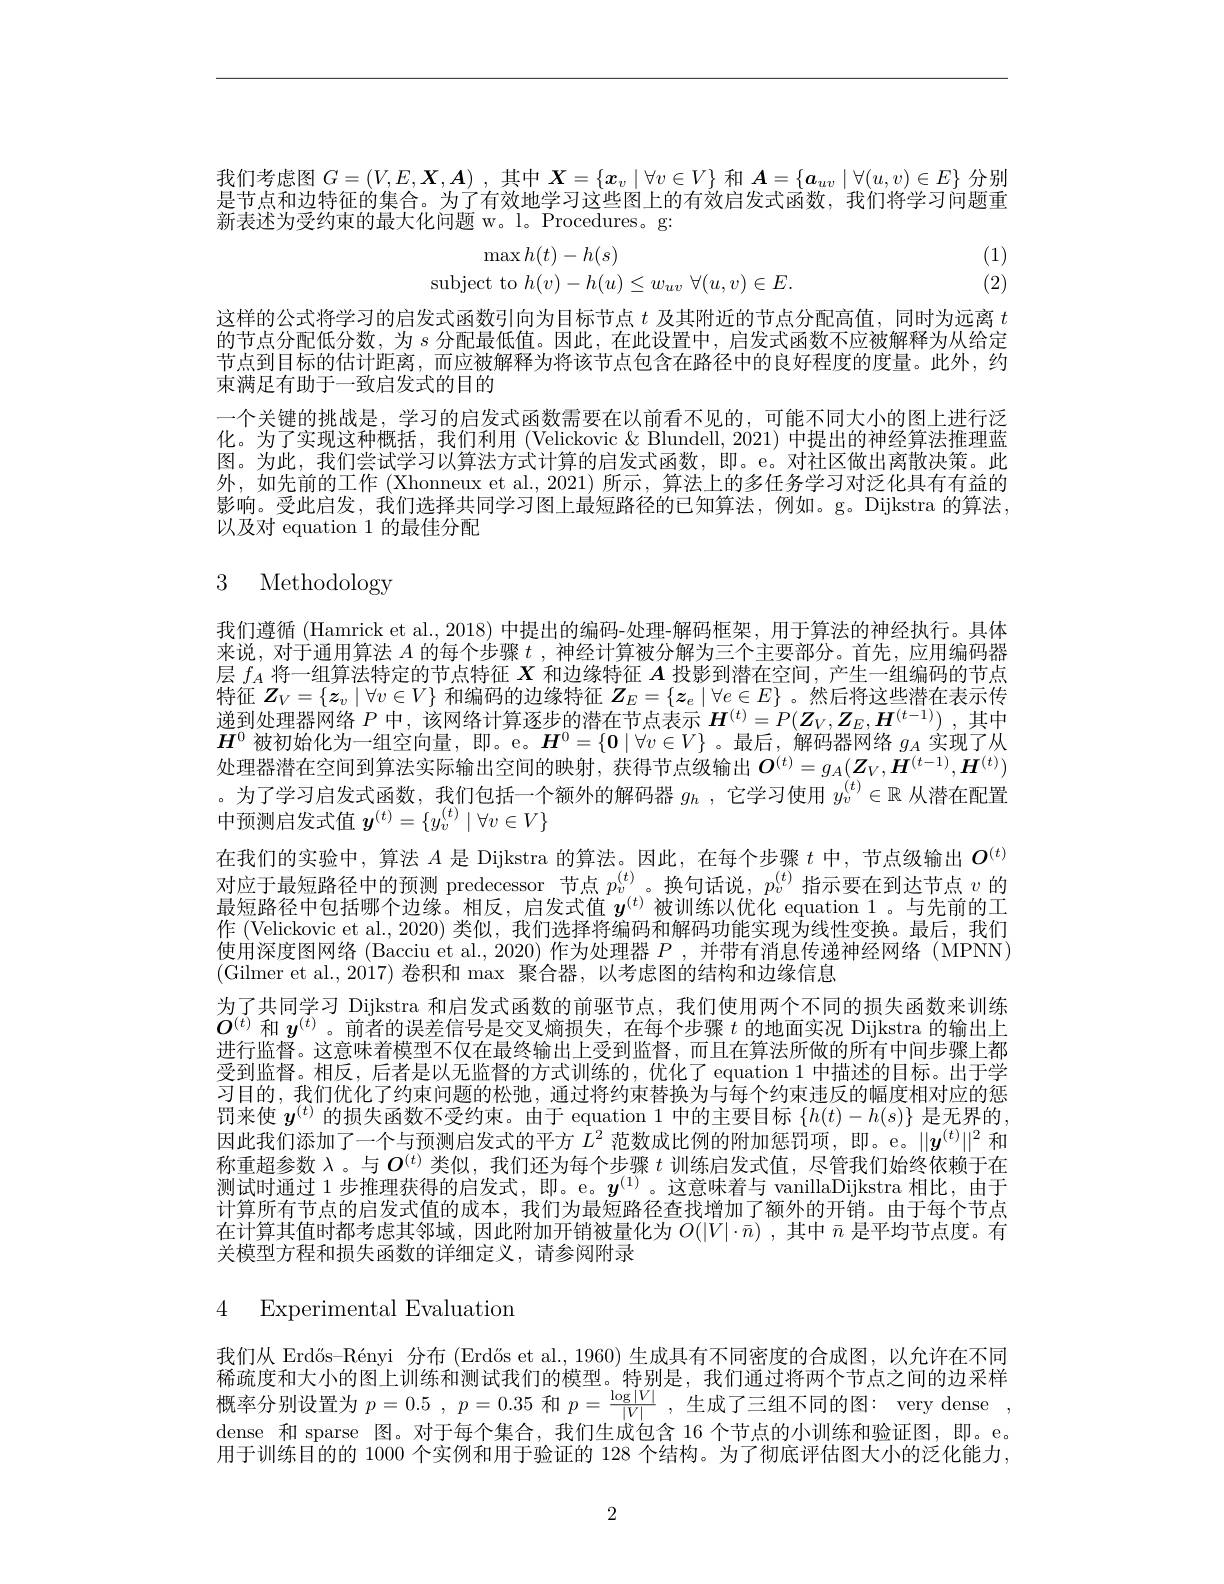
我们考虑图$G=(V,E,X,A)$ ,其中$X=\{x_v\mid\forall v\in V\}$和$\boldsymbol{A}=\{\boldsymbol{a}_uv\mid\forall(u,v)\in E\}$分别是节点和边特征的集合。为了有效地学习这些图上的有效启发式函数、我们将学习问题重新表述为受约束的最大化问题 w。l。Procedures。g:

(1) (2)
$$\begin{array}{c}\max h(t)-h(s)\\\text{subject to}h(v)-h(u)\leq w_{uv}\:\forall(u,v)\in E.\end{array}$$
这样的公式将学习的启发式函数引向为目标节点$t$及其附近的节点分配高值，同时为远离$t$ 的节点分配低分数，为$s$分配最低值。因此，在此设置中，启发式函数不应被解释为从给定节点到目标的估计距离，而应被解释为将该节点包含在路径中的良好程度的度量。此外，约束满足有助于一致启发式的目的
一个关键的挑战是，学习的启发式函数需要在以前看不见的，可能不同大小的图上进行泛化。为了实现这种概括，我们利用 (Velickovic & Blundell, 2021) 中提出的神经算法推理蓝图。为此，我们尝试学习以算法方式计算的启发式函数，即。e。对社区做出离散决策。此外，如先前的工作 (Xhonneux et al., 2021) 所示，算法上的多任务学习对泛化具有有益的影响。受此启发，我们选择共同学习图上最短路径的已知算法，例如。g。Dijkstra 的算法， 以及对 equation 1 的最佳分配

# 3 Methodology

我们遵循 (Hamrick et al., 2018) 中提出的编码-处理-解码框架，用于算法的神经执行。具体来说，对于通用算法$A$的每个步骤$t$ ,神经计算被分解为三个主要部分。首先，应用编码器层$f_A$将一组算法特定的节点特征$X$和边缘特征$A$投影到潜在空间，产生一组编码的节点特征$\boldsymbol{Z}_V=\{\boldsymbol{z}_v\mid\forall v\in V\}$和编码的边缘特征$\boldsymbol{Z}_E=\{\boldsymbol{z}_e\mid\forall e\in E\}$ 。然后将这些潜在表示传递到处理器网络$P$中，该网络计算逐步的潜在节点表示$\boldsymbol{H}^{( t) }= P( \boldsymbol{Z}_V, \boldsymbol{Z}_E, \boldsymbol{H}^{( t- 1) })$ ,其中$\boldsymbol{H}^0$被初始化为一组空向量，即。e。$\boldsymbol{H}^0=\{\mathbf{0}\mid\forall v\in V\}$ 。最后，解码器网络$g_A$实现了从处理器潜在空间到算法实际输出空间的映射，获得节点级输出$O^{(t)}=g_A(\boldsymbol{Z}_V,\boldsymbol{H}^{(t-1)},\boldsymbol{H}^{(t)})$ 。为了学习启发式函数，我们包括一个额外的解码器$g_h$ ,它学习使用$y_v^{(t)}\in\mathbb{R}$从潜在配置中预测启发式值$y^{(t)}=\{y_v^{(t)}\mid\forall v\in V\}$
在我们的实验中，算法$A$是 Dijkstra 的算法。因此，在每个步骤$t$中，节点级输出$O^{(t)}$ 对应于最短路径中的预测 predecessor 节点$p_v^{(t)}$。换句话说，$p_v^{(t)}$指示要在到达节点$v$的最短路径中包括哪个边缘。相反，启发式值$y^{(t)}$被训练以优化 equation 1。与先前的工作 (Velickovic et al.,2020) 类似，我们选择将编码和解码功能实现为线性变换。最后，我们使用深度图网络 (Bacciu et al., 2020) 作为处理器$P$ , 并带有消息传递神经网络 (MPNN) (Gilmer et al.,2017)卷积和 max 聚合器，以考虑图的结构和边缘信息
为了共同学习 Dijkstra 和启发式函数的前驱节点，我们使用两个不同的损失函数来训练$O^{(t)}$和$y^{(t)}$。前者的误差信号是交叉熵损失，在每个步骤$t$的地面实况 Dijkstra 的输出上进行监督。这意味着模型不仅在最终输出上受到监督，而且在算法所做的所有中间步骤上都受到监督。相反，后者是以无监督的方式训练的，优化了 equation 1 中描述的目标。出于学习目的，我们优化了约束问题的松弛，通过将约束替换为与每个约束违反的幅度相对应的惩罚来使$y^{(t)}$的损失函数不受约束。由于 equation 1 中的主要目标$\{h(t)-h(s)\}$是无界的， 因此我们添加了一个与预测启发式的平方$L^2$范数成比例的附加惩罚项，即。e。$\|y^{(t)}\|^2$和称重超参数$\lambda$。与$O^{(t)}$类似，我们还为每个步骤$t$训练启发式值，尽管我们始终依赖于在测试时通过 1 步推理获得的启发式，即。e。$y^{(1)}$。这意味着与 vanillaDijkstra 相比，由于计算所有节点的启发式值的成本，我们为最短路径查找增加了额外的开销。由于每个节点在计算其值时都考虑其邻域，因此附加开销被量化为$O(|V|\cdot\bar{n})$ ,其中$\bar{n}$是平均节点度。有关模型方程和损失函数的详细定义，请参阅附录

# 4 Experimental Evaluation

我们从 Erdős-Rényi 分布 (Erdős et al.,1960) 生成具有不同密度的合成图，以允许在不同稀疏度和大小的图上训练和测试我们的模型。特别是，我们通过将两个节点之间的边采样概率分别设置为$p= 0. 5$ , $p= 0. 35$和$p= \frac {\log | V| }{| V| }$ ,生成了三组不同的图：very dense , dense 和 sparse 图。对于每个集合，我们生成包含 16 个节点的小训练和验证图，即。e。用于训练目的的 1000 个实例和用于验证的 128 个结构。为了彻底评估图大小的泛化能力，

2